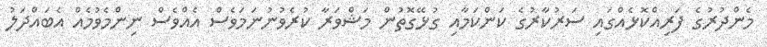
މެންދުރުގެ ފަރިއްކޮޅެއްގައި ސަރުކާރުގެ ކަންކަމާއި ގުޅޭގޮތުން މަޝްވަރާ ކުރެވުނުނަމަވެސް އެއްވެސް ނިންމެވުމެއް އެބައްދަލު